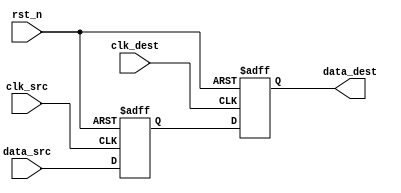
module PulsedSynchronizer #(
    parameter DATA_WIDTH = 1    // Width of the data signal
)(
    input wire clk_src,         // Source clock
    input wire clk_dest,        // Destination clock
    input wire rst_n,           // Active low reset signal
    input wire [DATA_WIDTH-1:0] data_src, // Data signal from source domain
    output reg [DATA_WIDTH-1:0] data_dest // Synchronized data signal
);

    // Internal signal for first flip-flop output
    reg [DATA_WIDTH-1:0] sync_ff;

    // First flip-flop: captures data from source clock domain
    always @(posedge clk_src or negedge rst_n) begin
        if (!rst_n) begin
            sync_ff <= 0;
        end else begin
            sync_ff <= data_src; // Capture source data
        end
    end

    // Second flip-flop: captures data from destination clock domain
    always @(posedge clk_dest or negedge rst_n) begin
        if (!rst_n) begin
            data_dest <= 0;
        end else begin
            data_dest <= sync_ff; // Synchronize data to destination clock
        end
    end

endmodule